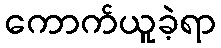
ကောက်ယူခဲ့ရာ